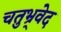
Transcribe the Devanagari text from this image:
चतुभ्र्वेद